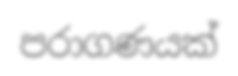
පරාගණයක්